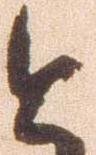
と